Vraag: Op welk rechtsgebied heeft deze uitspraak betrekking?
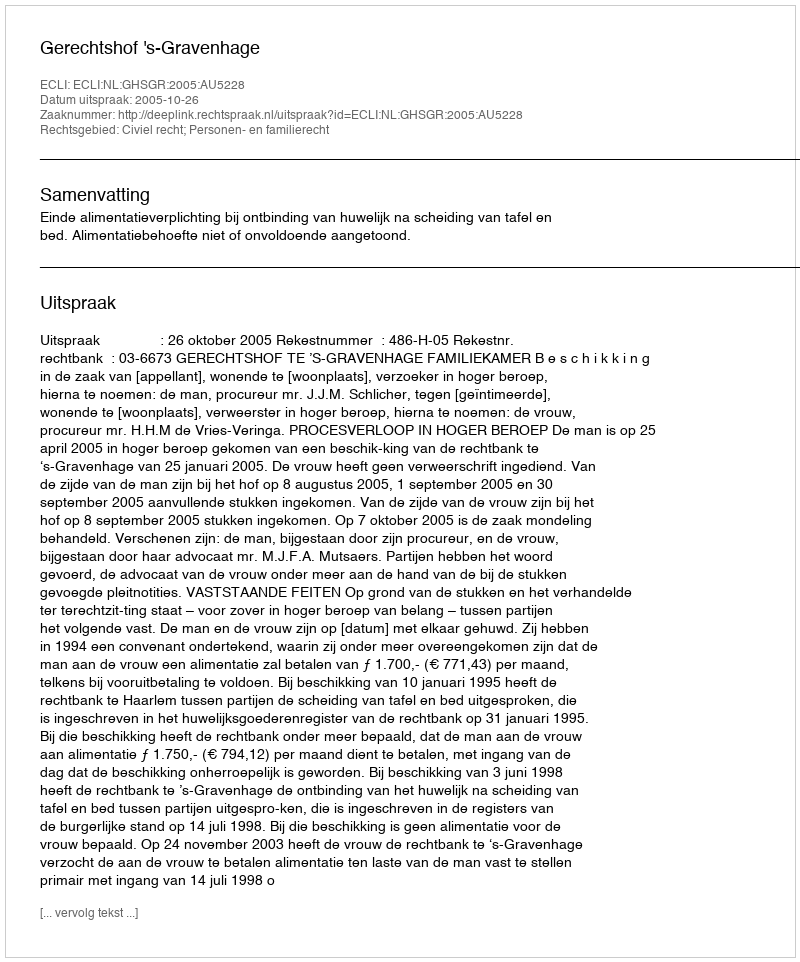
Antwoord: Civiel recht; Personen- en familierecht